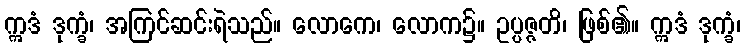
ဣဒံ ဒုက္ခံ၊ အကြင်ဆင်းရဲသည်။ လောကေ၊ လောက၌။ ဥပ္ပဇ္ဇတိ၊ ဖြစ်၏။ ဣဒံ ဒုက္ခံ၊